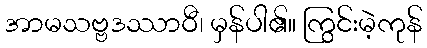
အာမသဗ္ဗဒဿာဝီ၊ မှန်ပါ၏။ ကြွင်းမဲ့ကုန်